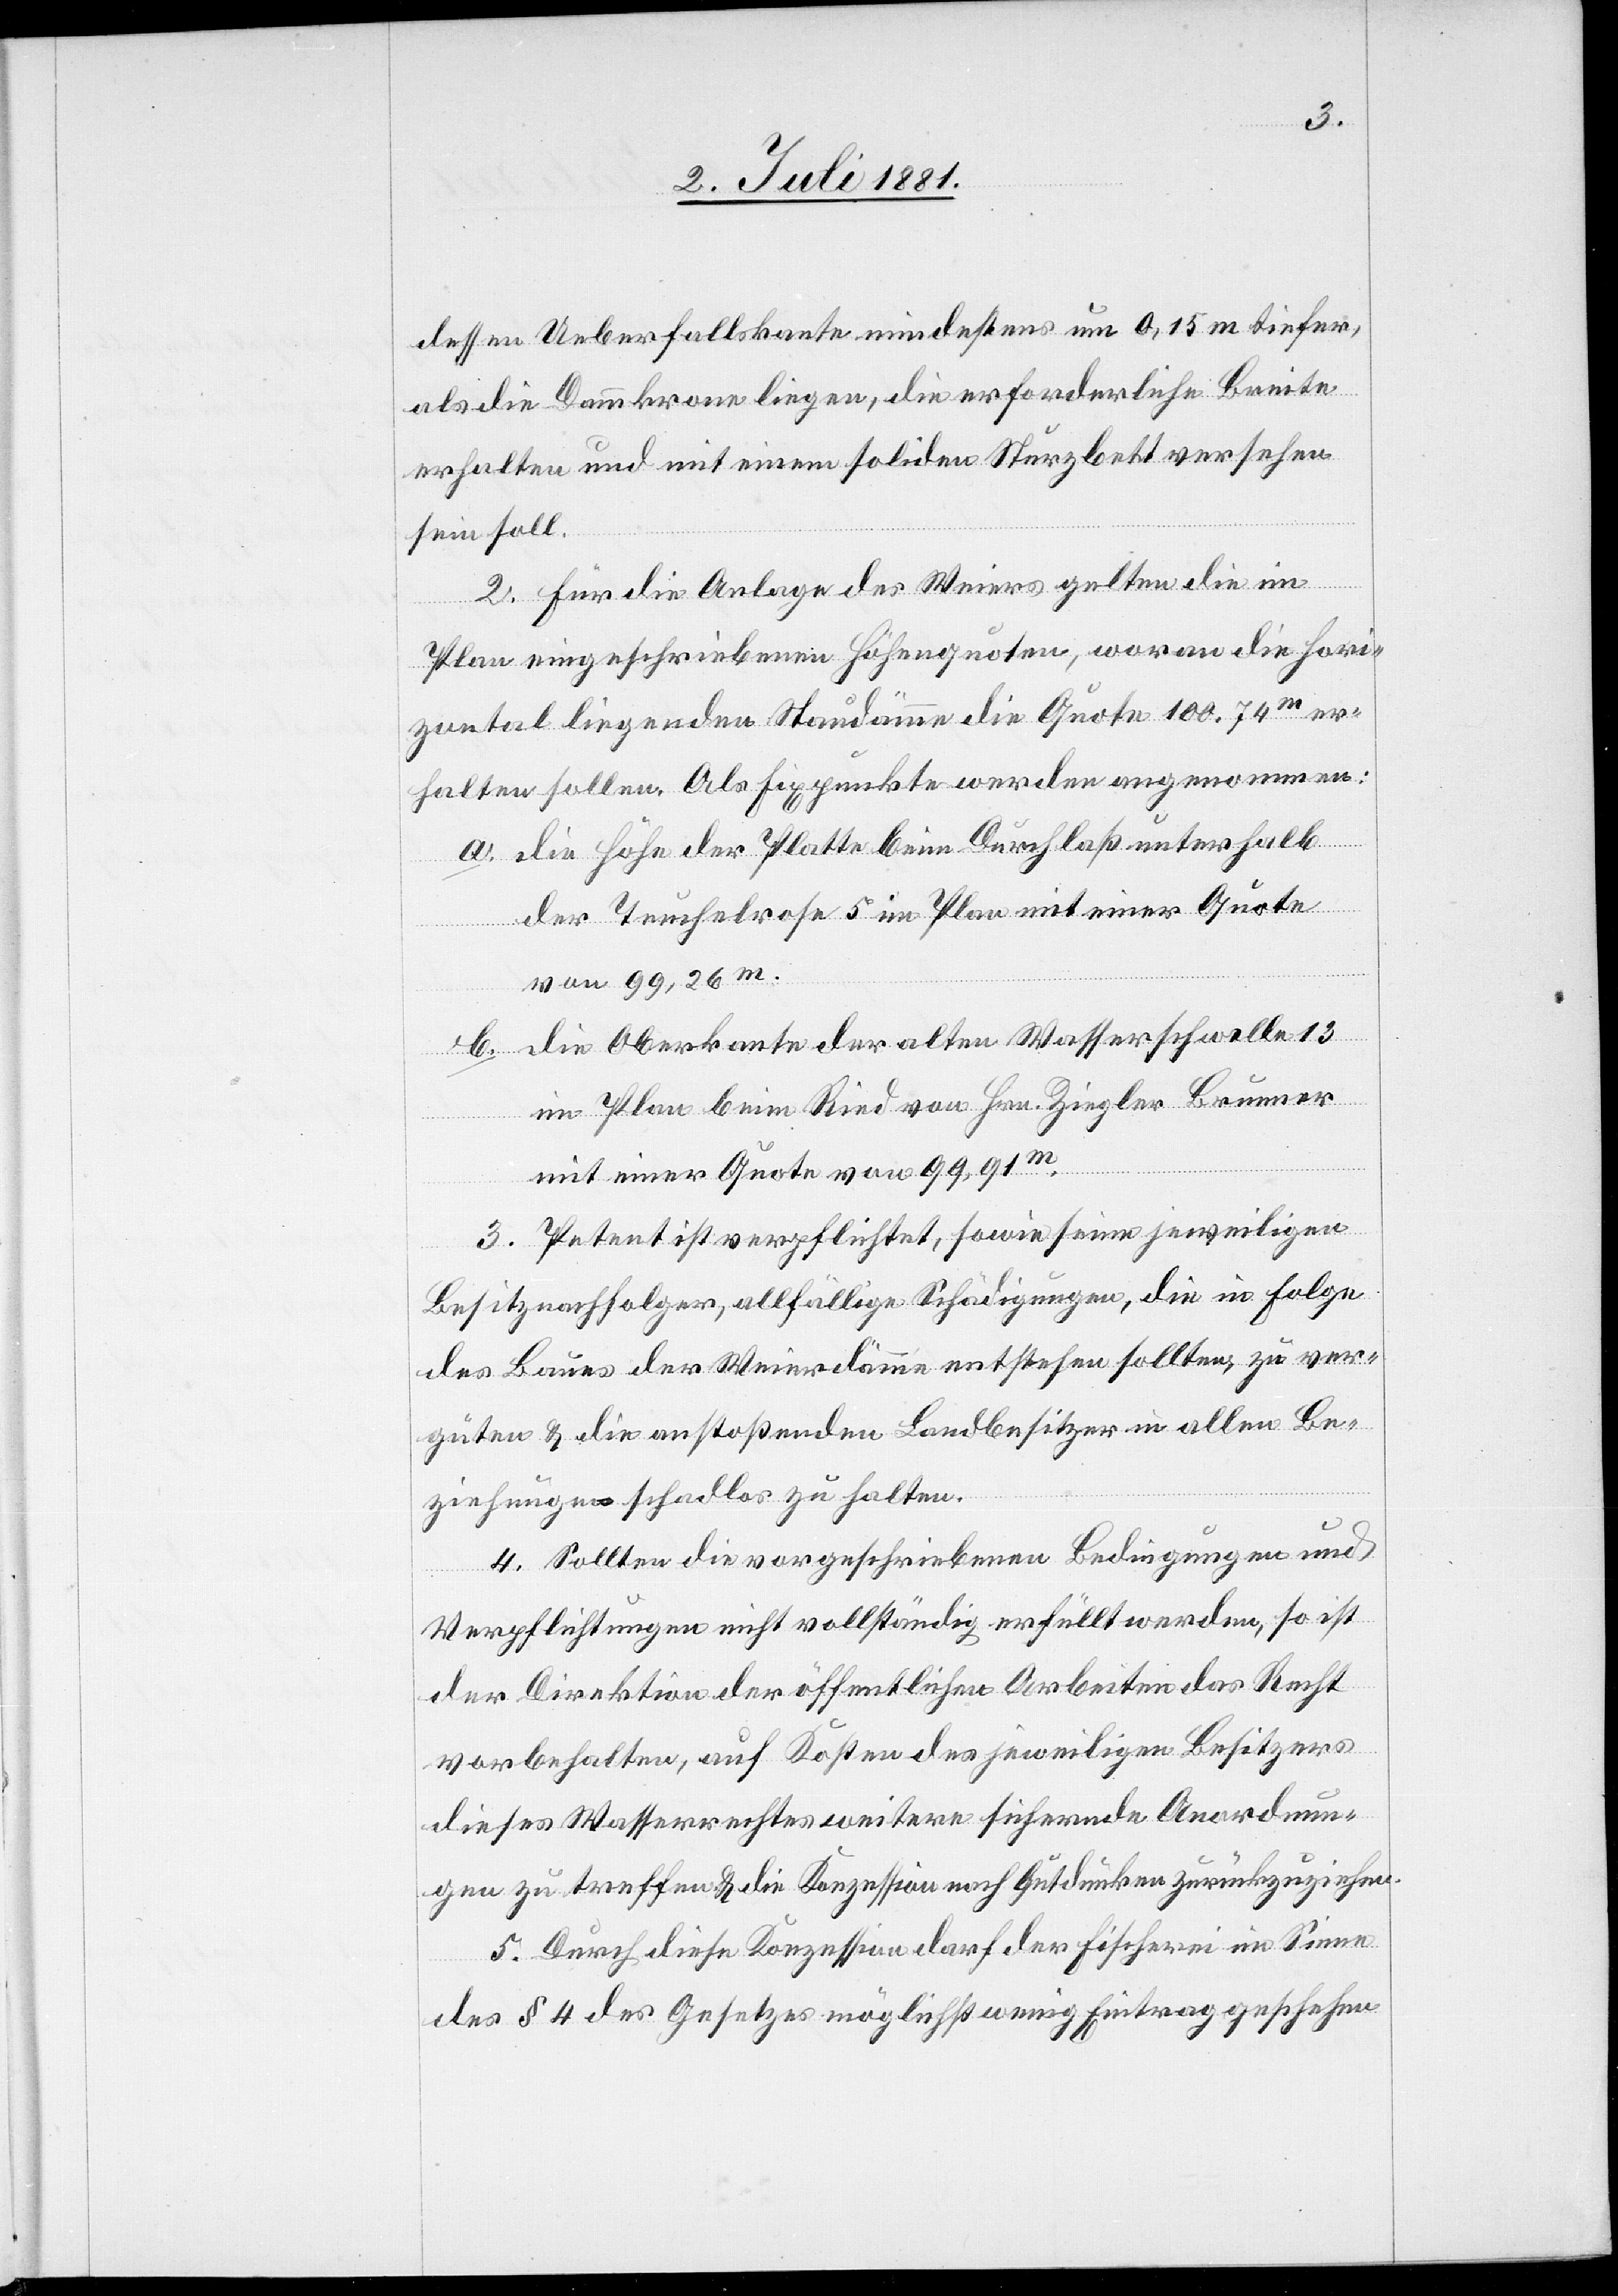
dessen Ueberfallskante mindestens um 0.15 m tiefer
als die Dammkrone liegen, die erforderliche Breite
erhalten und mit einem soliden Sturzbett versehen
sein soll.
2. Für die Anlage des Weiers gelten die im
Plan eingeschriebenen Höhenquoten, woran die hori¬
zontal liegenden Staudämme die Quote 100.74m er¬
halten sollen. Als Fixpunkte werden angenommen:
a. die Höhe der Platte beim Durchlaß unterhalb
der Teuchelrose 5 im Plan mit einer Quote
von 99,26m.
b. die Oberkante der alten Wasserschwelle 13
im Plan beim Ried von Hrn. Ziegler Brunner
mit einer Quote von 99,91m.
3. Petent ist verpflichtet, sowie seine jeweiligen
Besitznachfolger, allfällige Schädigungen, die in Folge
des Baues der Weierdämme entstehen sollten, zu ver¬
güten & die anstoßenden Landbesitzer in allen Be¬
ziehungen schadlos zu halten.
4. Sollten die vorgeschriebenen Bedingungen und
Verpflichtungen nicht vollständig erfüllt werden, so ist
der Direktion der öffentlichen Arbeiten das Recht
vorbehalten, auf Kosten des jeweiligen Besitzers
dieses Wasserrechtes weitere sichernde Anordnun¬
gen zu treffen & die Konzession nach Gutdünken zurückzuziehen.
5. Durch diese Konzession darf der Fischerei im Sinne
des § 4 des Gesetzes möglichst wenig Eintrag geschehen.